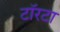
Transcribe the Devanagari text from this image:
टॉरटा